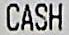
CASH